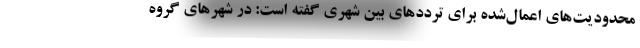
محدودیت‌های اعمال‌شده برای ترددهای بین شهری گفته است: در شهرهای گروه